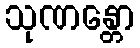
သုဏန္တော